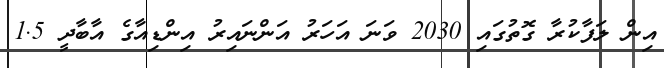
އިން ލަފާކުރާ ގޮތުގައި 2030 ވަނަ އަހަރު އަންނައިރު އިންޑިއާގެ އާބާދީ 1.5